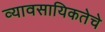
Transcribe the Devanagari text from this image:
व्यावसायिकतेचे